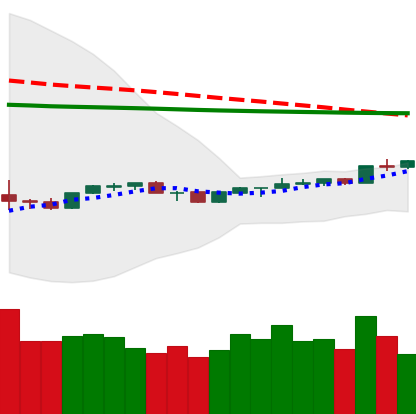
Ticker: NEO-USD
Chart end date: 2020-04-08
Forward return: -8.679%
Label: down_7plus